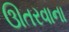
ઊતરવાના